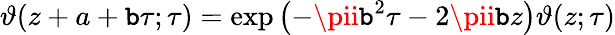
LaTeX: \vartheta(z+a+\mathtt{b}\tau;\tau)=\exp\left(-\pii\mathtt{b}^{2}\tau-2\pii\mathtt{b}z\right)\vartheta(z;\tau)